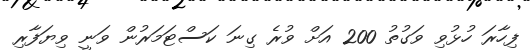
ފިހާރަ ހުޅުވި ވަގުތު 200 އަށް ވުރެ ގިނަ ކަސްޓަމަރުން ވަނީ ވިޔަފާރި